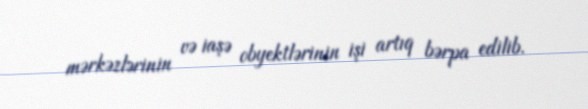
mərkəzlərinin və iaşə obyektlərinin işi artıq bərpa edilib.